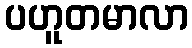
ပဟူတမာလာ